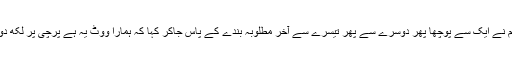
ہم نے ایک سے پوچھا پھر دوسرے سے پھر تیسرے سے آخر مطلوبہ بندے کے پاس جاکر کہا کہ ہمارا ووٹ یہ ہے پرچی پر لکھ دو۔